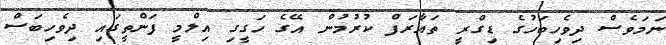
ނަމަވެސް ދިވެހިބަހުގެ ޑިގްރީ ތައާރަފް ކުރުމުން އޭގެ ހަގީގި އިލްމީ ފަންތީގައި ދިވެހިބަސް